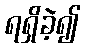
ရရှိခဲ့၍